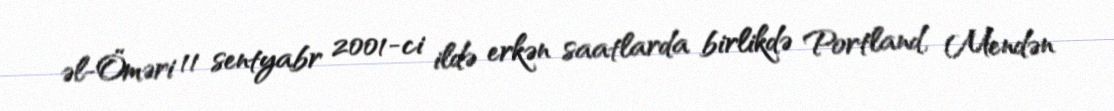
əl-Öməri 11 sentyabr 2001-ci ildə erkən saatlarda birlikdə Portland, Mendən